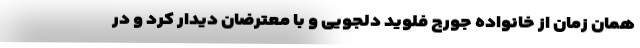
همان زمان از خانواده جورج فلوید دلجویی و با معترضان دیدار کرد و در